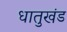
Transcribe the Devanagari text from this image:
धातुखंड